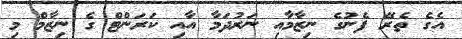
އެގެ ތެރޭ ފެނުގެ ނިޒާމާއި ނަރުދަމާ އާއި ކަރަންޓް ގެ ނިޒާމް މި